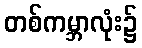
တစ်ကမ္ဘာလုံး၌